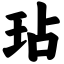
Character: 玷